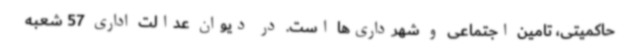
حاکمیتی، تامین اجتماعی و شهرداری‌ها است. در دیوان عدالت اداری 57 شعبه